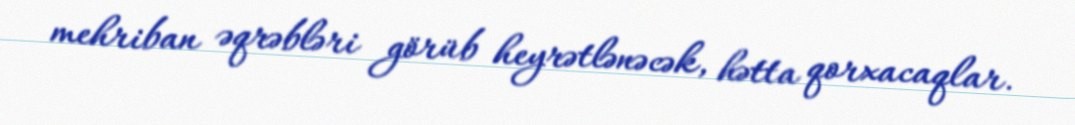
mehriban əqrəbləri görüb heyrətlənəcək, hətta qorxacaqlar.